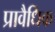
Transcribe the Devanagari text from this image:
प्रावैधिक